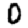
Digit: 0